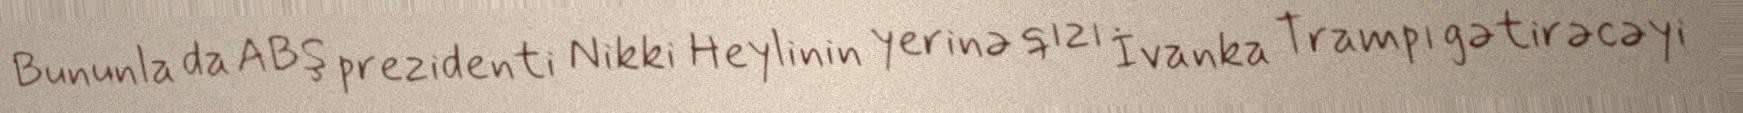
Bununla da ABŞ prezidenti Nikki Heylinin yerinə qızı İvanka Trampı gətirəcəyi